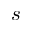
s